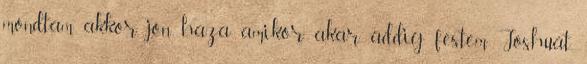
mondtam akkor jön haza amikor akar, addig festem Joshuát.